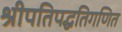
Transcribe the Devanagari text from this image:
श्रीपतिपद्धतिगणित